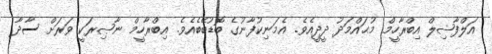
އަލްފާޟިލް އިބްރާހީމް މުޙައްމަދު ދީދީއެވެ. އެމަނިކުފާނުގެ ބޮޑުބޭބެއެވެ. އިބްރާހީމް ނާޞިރަކީ ވަރަށް ސާދާ